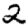
Digit: 2